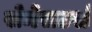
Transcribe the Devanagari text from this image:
सेमेसटर्स